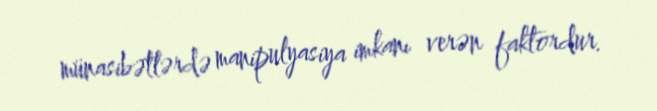
münasibətlərdə manipulyasiya imkanı verən faktordur.